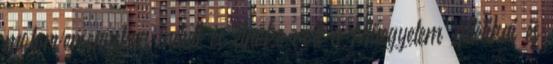
motorversenyeken indult és elnöke volt a Műegyetem Atlétikai és